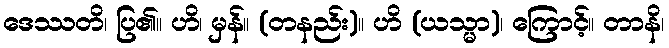
ဒေဿတိ၊ ပြ၏။ ဟိ၊ မှန်။ (တနည်း)။ ဟိ (ယသ္မာ)၊ ကြောင့်။ တာနိ၊